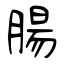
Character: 腸